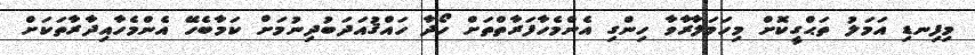
މިފިނޑި އަމަލު ތަޙްގީކޮށް މިހަމަލާރާވާ ހިންގި އެންމެހާފަރާތްތަށް ހޯދާ ހައްޤުއަދަބުދިނުމަށް ކަމާބެހޭ އެންމެހާއިދާރާތަކަށް